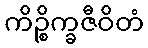
ကိဉ္စိက္ခဇီဝိတံ